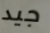
جيد